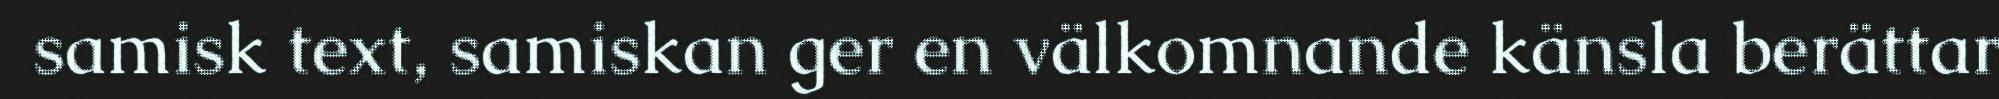
samisk text, samiskan ger en välkomnande känsla berättar